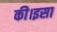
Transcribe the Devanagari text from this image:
की।इसा